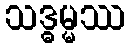
သဒ္ဓမ္မဿ